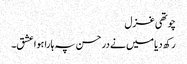
چوتھی غزل
رکھ دیا میں نے در حسن پہ ہارا ہوا عشق۔